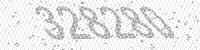
Solution: 328280